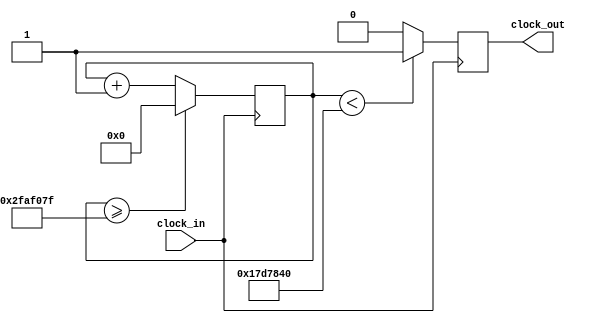
`timescale 1ns / 1ps
//////////////////////////////////////////////////////////////////////////////////
// Company: 
// Engineer: 
// 
// Design Name: 
// Module Name:    clock 
// Project Name: 
// Target Devices: 
// Tool versions: 
// Description: 
//
// Dependencies: 
//
// Revision: 
// Revision 0.01 - File Created
// Additional Comments: 
//
//////////////////////////////////////////////////////////////////////////////////
module clock (input clock_in, output reg clock_out);

reg [27:0]  counter = 28'd0;
parameter DIVISOR = 28'd50000000;
always @(posedge clock_in)
begin
counter <= counter + 28'd1;
if (counter >=(DIVISOR-1))
counter <= 28'd0;
clock_out <= (counter<DIVISOR/2)?1'b1:1'b0;

end

endmodule